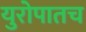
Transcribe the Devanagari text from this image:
युरोपातच